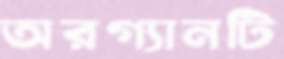
অরগ্যানটি